画像に写った文字を読んでください
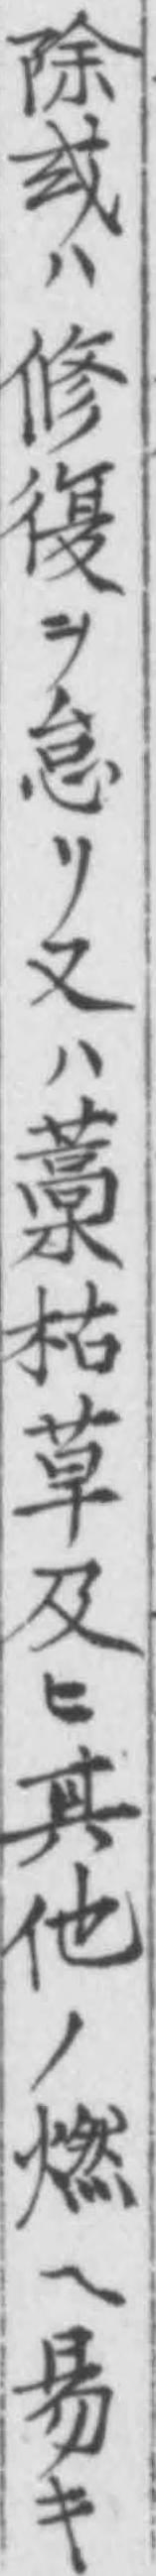
「除㦯ハ修復ヲ怠リ又ハ藁枯草及ヒ其他ノ燃ヘ易キ」と書いてあります